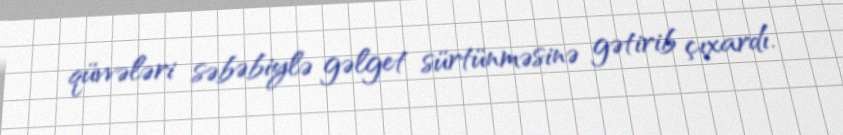
qüvvələri səbəbiylə gəlget sürtünməsinə gətirib çıxardı.